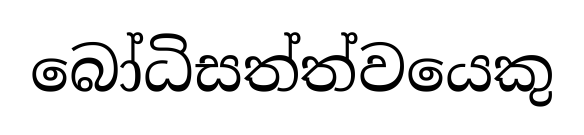
බෝධිසත්ත්වයෙකු